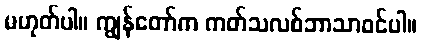
မဟုတ်ပါ။ ကျွန်တော်က ကတ်သလစ်ဘာသာဝင်ပါ။